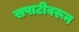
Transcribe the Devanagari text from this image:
सपाटीवरून